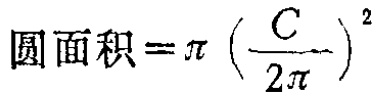
圆面积=\(\pi \left(\frac{C}{2\pi}\right)^2\)